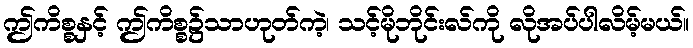
ဤကိစ္စနှင့် ဤကိစ္စ၌သာဟုတ်ကဲ့၊ သင့်မိုဘိုင်းလ်ကို လိုအပ်ပါလိမ့်မယ်။